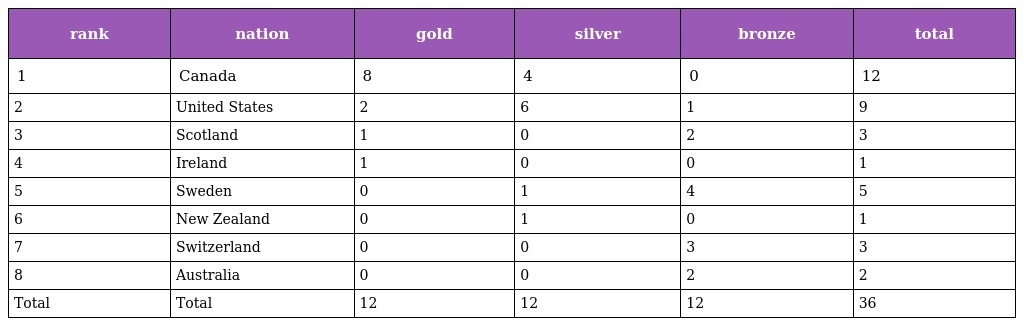
| rank | nation | gold | silver | bronze | total |
 | --- | --- | --- | --- | --- | --- |
 | 1 | Canada | 8 | 4 | 0 | 12 |
 | 2 | United States | 2 | 6 | 1 | 9 |
 | 3 | Scotland | 1 | 0 | 2 | 3 |
 | 4 | Ireland | 1 | 0 | 0 | 1 |
 | 5 | Sweden | 0 | 1 | 4 | 5 |
 | 6 | New Zealand | 0 | 1 | 0 | 1 |
 | 7 | Switzerland | 0 | 0 | 3 | 3 |
 | 8 | Australia | 0 | 0 | 2 | 2 |
 | Total | Total | 12 | 12 | 12 | 36 |